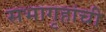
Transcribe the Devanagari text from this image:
सभागृहांची